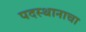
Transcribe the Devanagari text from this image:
पदस्थानाचा